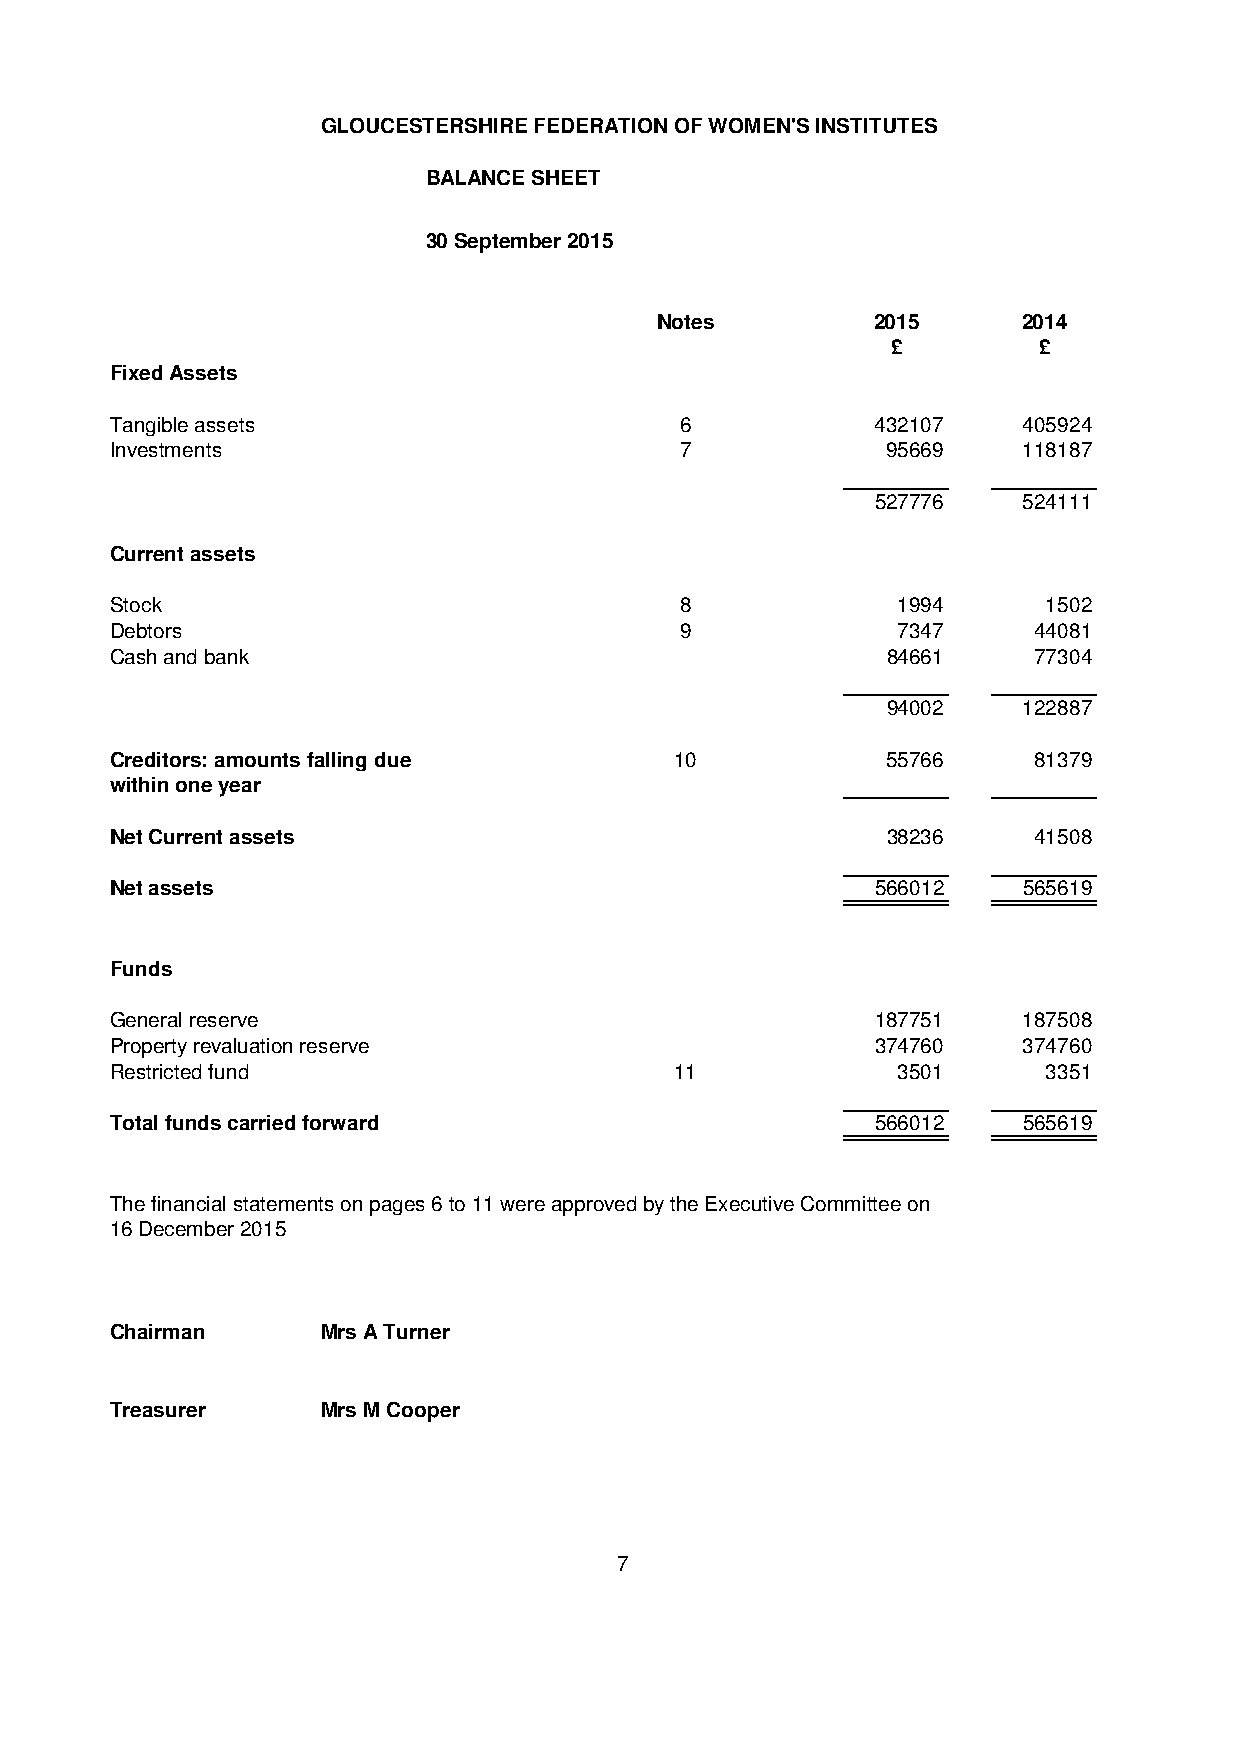
GLOUCESTERSHIRE FEDERATION OF WOMEN'S INSTITUTES
 BALANCE SHEET
 30 September 2015
 Notes          2015      2014
 £         £
 Fixed Assets
 Tangible assets                       6            432107    405924
 Investments                           7             95669    118187
 527776    524111
 Current assets
 Stock                                 8             1994      1502
 Debtors                               9             7347     44081
 Cash and bank                                       84661    77304
 94002    122887
 Creditors: amounts falling due        10            55766    81379
 within one year
 Net Current assets                                  38236    41508
 Net assets                                         566012    565619
 Funds
 General reserve                                    187751    187508
 Property revaluation reserve                       374760    374760
 Restricted fund                       11            3501      3351
 Total funds carried forward                        566012    565619
 The financial statements on pages 6 to 11 were approved by the Executive Committee on
 16 December 2015
 Chairman      Mrs A Turner
 Treasurer     Mrs M Cooper
 7